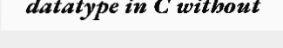
datatype in C without